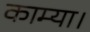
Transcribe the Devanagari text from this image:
काम्या।